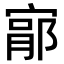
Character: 𫳦